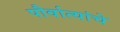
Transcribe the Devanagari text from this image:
पौर्वात्यांचे